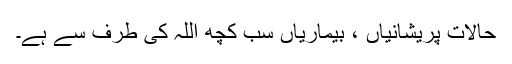
حالات پریشانیاں ، بیماریاں سب کچھ اللہ کی طرف سے ہے۔